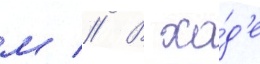
м // В хо́д'е